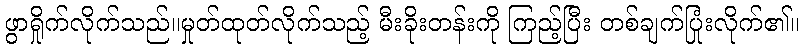
ဖွာရှိုက်လိုက်သည်။မှုတ်ထုတ်လိုက်သည့် မီးခိုးတန်းကို ကြည့်ပြီး တစ်ချက်ပြုံးလိုက်၏။